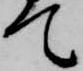
て